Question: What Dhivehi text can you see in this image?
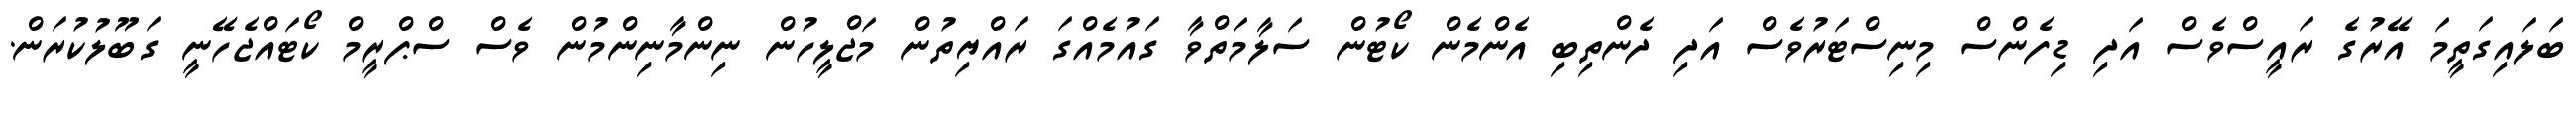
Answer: ބަލައިގަތީމަ އޭރުގެ ރައީސްވެސް އަދި ޑިފެންސް މިނިސްޓަރުވެސް އަދި ދެންތިބި އެންމެން ކޯޓުން ސަލާމަތްވާ ގައުމެއްގަ ރައްޔިތުން މަޖްލީހުން ނިންމާނިންމުން ވެސް ސްޕްރީމް ކޯޓައްޖެހޭނީ ގަބޫލުކުރަން.